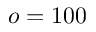
o = 1 0 0